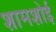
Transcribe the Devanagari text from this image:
शामशोई